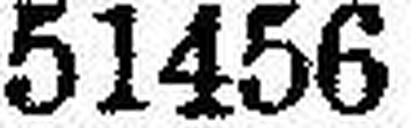
51456